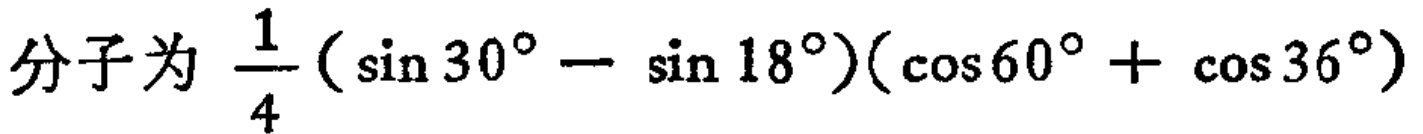
分子为 $\frac{1}{4}(\sin 30^{\circ} - \sin 18^{\circ})(\cos 60^{\circ} + \cos 36^{\circ})$